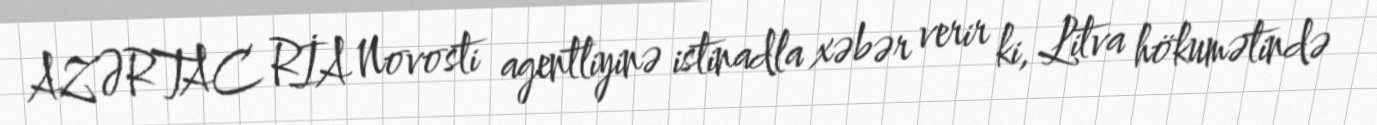
AZƏRTAC RİA Novosti agentliyinə istinadla xəbər verir ki, Litva hökumətində